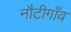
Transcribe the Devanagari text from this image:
नौटीगाँव